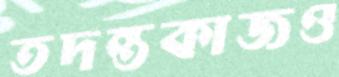
তদন্তকাজও